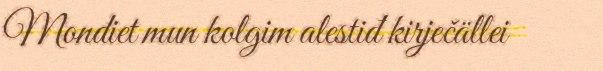
Mondiet mun kolgim alestiđ kirječällei